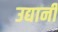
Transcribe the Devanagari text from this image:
उद्यानी